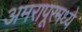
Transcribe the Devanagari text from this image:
अमरापूरमध्ये